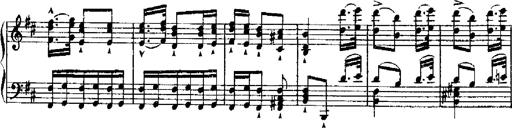
Title: RÃ©miniscences de Robert le diable
Composer: Franz Liszt